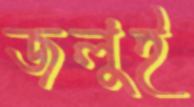
জলুই